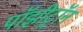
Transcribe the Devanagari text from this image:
पॉझीट्रॉन